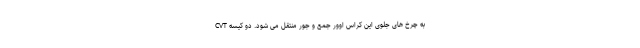
CVT به چرخ های جلوی این کراس اوور جمع و جور منتقل می شود. دو کیسه